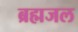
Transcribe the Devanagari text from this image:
ब्रह्मजल